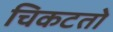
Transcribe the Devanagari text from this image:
चिकटतो